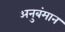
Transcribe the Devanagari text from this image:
अनुबंमान